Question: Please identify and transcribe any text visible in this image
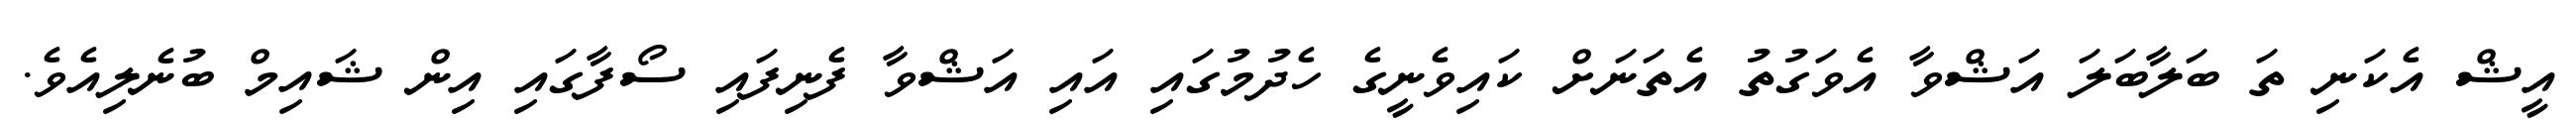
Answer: އީޝް އެކަނި ތަ ބަލާބަލަ އަޝްވާ އެވަގުތު އެތަނަށް ކައިވެނީގެ ހެދުމުގައި އައި އަޝްވާ ފެނިފައި ސޯފާގައި އިން ޝައިމް ބުނެލިއެވެ.